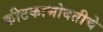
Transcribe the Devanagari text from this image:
कीटकाभोवतीचे